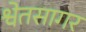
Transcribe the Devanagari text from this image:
श्वेतसागर